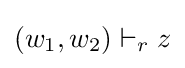
(w_{1},w_{2})\vdash _{r}z